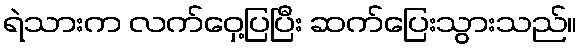
ရဲသားက လက်ဝှေ့ပြပြီး ဆက်ပြေးသွားသည်။